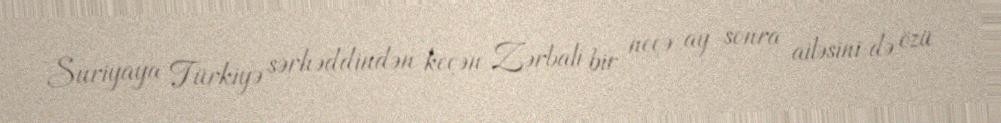
Suriyaya Türkiyə sərhəddindən keçən Zərbali bir neçə ay sonra ailəsini də özü